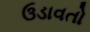
ઉડાવતો